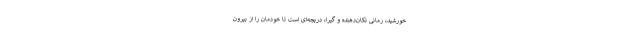
خورشید، رمانی تکان‌دهنده و گیرا، دریچه‌ای است تا خودمان را از بیرون